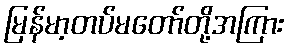
မြန်မာ့တပ်မတော်တို့အကြား